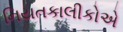
નિયતકાલીકોએ